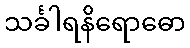
သင်္ခါရနိရောဓော